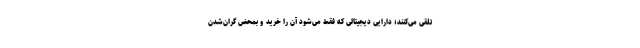
تلقی می‌کنند؛ دارایی دیجیتالی که فقط می‌شود آن را خرید و بمحض گران‌شدن